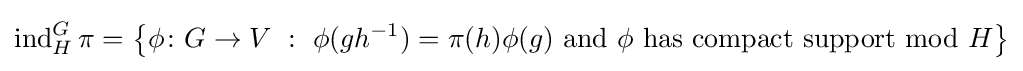
\operatorname {ind} _{H}^{G}\pi =\left\{\phi \colon G\to V\ :\ \phi (gh^{-1})=\pi (h)\phi (g){\text{ and }}\phi {\text{ has compact support mod }}H\right\}